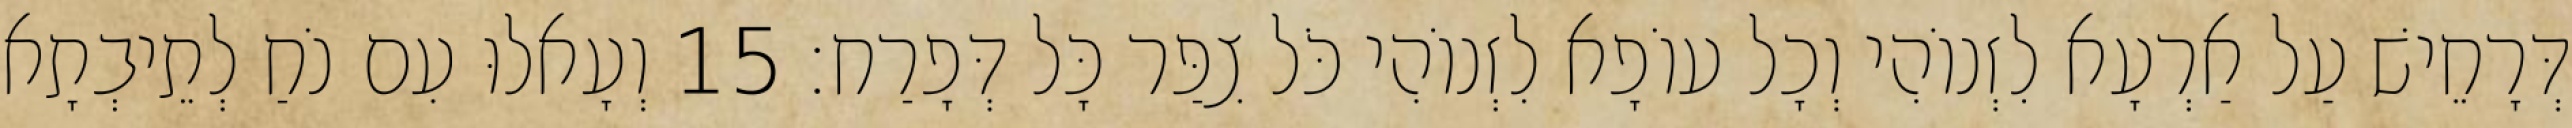
דְּרָחֵישׁ עַל אַרְעָא לִזְנוֹהִי וְכָל עוֹפָא לִזְנוֹהִי כֹּל צִפַּר כָּל דְּפָרַח׃ 15 וְעָאלוּ עִם נֹחַ לְתֵיבְתָא